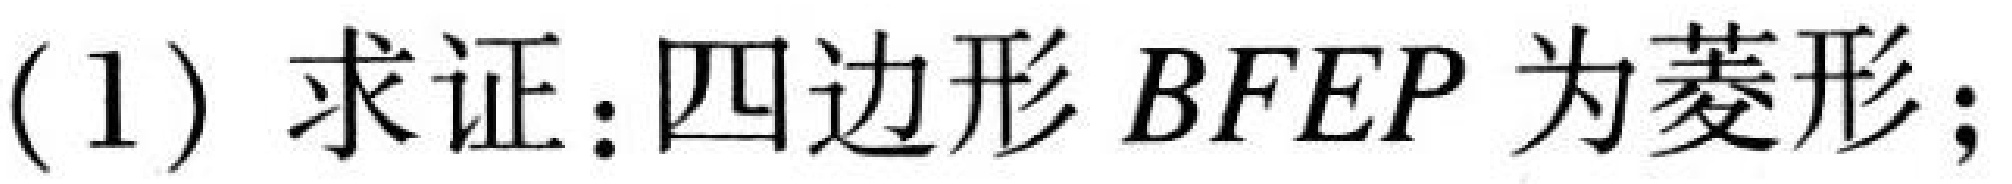
(1) 求证：四边形 \(BFEP\) 为菱形；